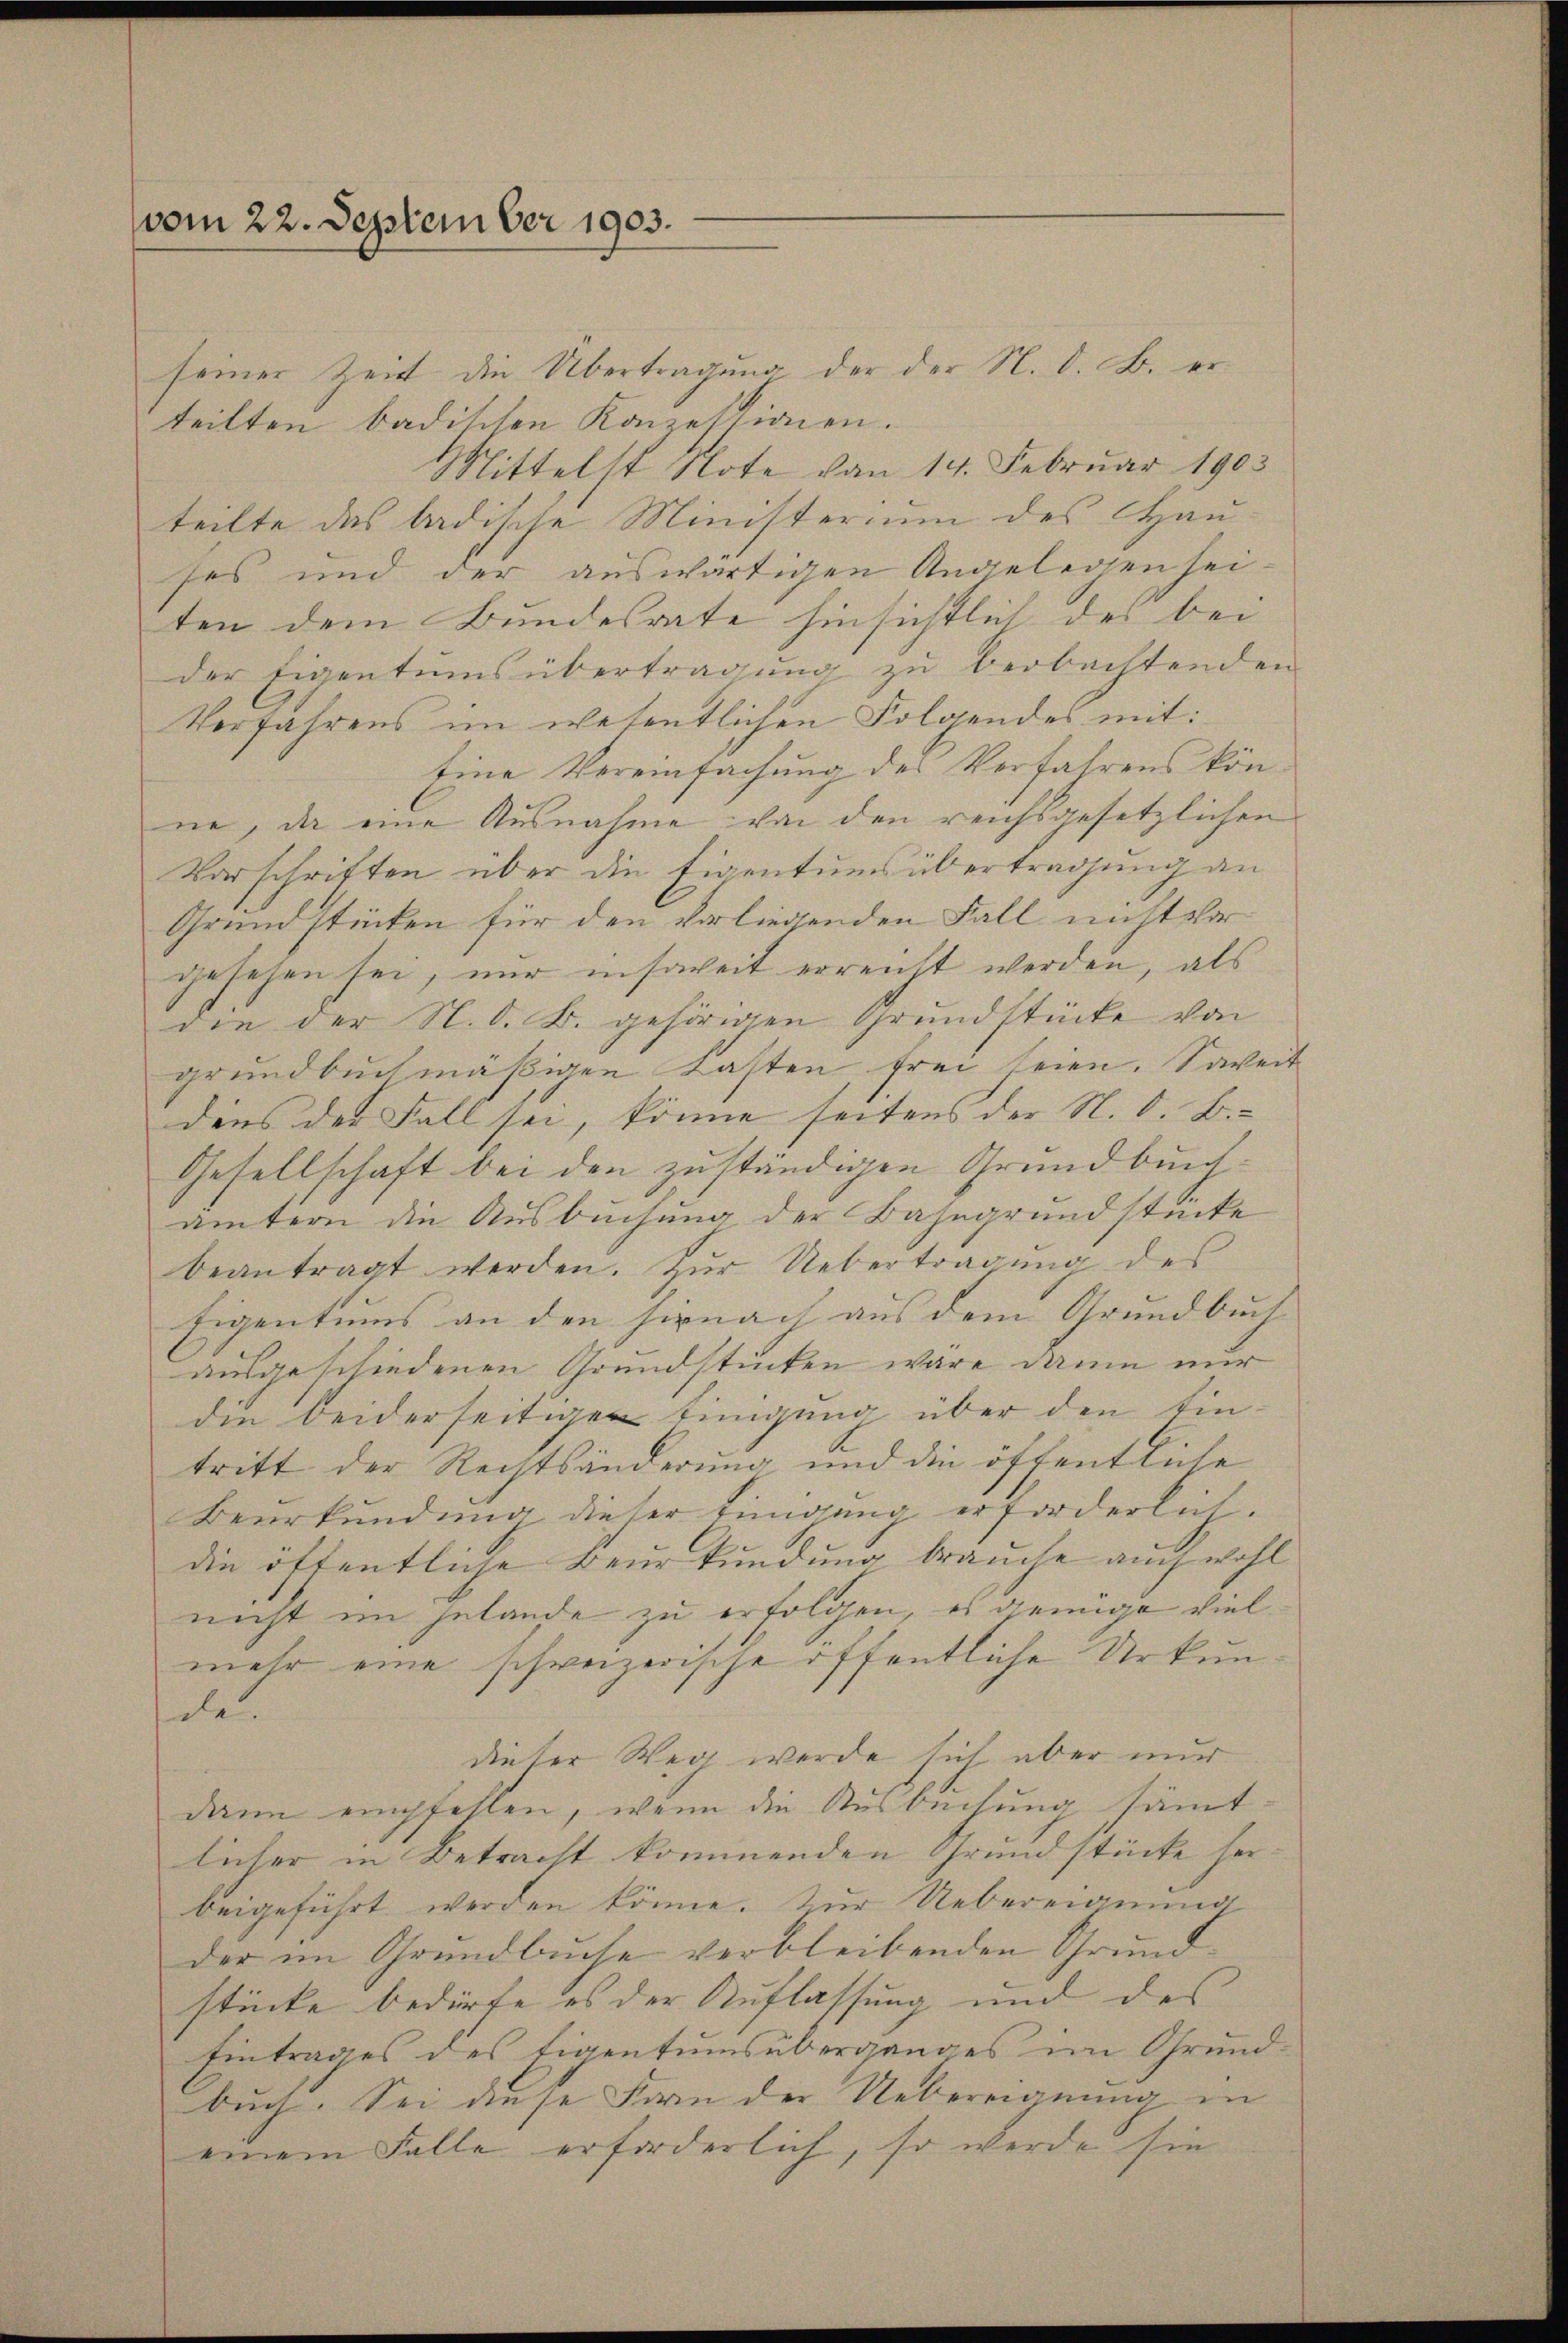
vom 22. September 1903.

seiner Zeit die Übertragung der der N. d. B. erteilten badischen Konzessionen.
Mittelst Note von 14. Februar 1903
teilte das badische Ministerium des Hau
ses und der auswärtigen Angelegen heiten dem Bundesrate hinsichtlich des bei
der Eigentumsübertragung zu beobachtenden
Verfahrens im wesentlichen Folgendes mit:
Eine Vereinfachung des Verfahrens könne, da eine Ausnahme von den reichsgesetzlichen
Vorschriften über die Eigentumsübertragung an
Grundstücken für den vorliegenden Fall nicht vor
gesehen sei, nur insoweit erreicht werden, als
die der N. O. B. gehörigen Grundstücke von
grundbuch mäßigen Fasten, frei seien. Soweit
dens der Fall sei, könne seitens der N. O. B.
Gesellschaft bei den zuständigen Grundbuchämtern die Ausbuchung der Bahngrundstücke
beantragt werden. Zŭr Uebertragŭng des
Eigentums an den hienach aus dem Grundbuch |
ausgeschiedenen Grundstücken wäre dann nur
den beiderseitigen Einigung über den Eintritt der Rechtsänderung und die öffentliche
Beurkundung dieser ringung erforderlich.
die öffentliche Beurkundung brauche auch wohl
nicht im gelande zu erfolgen, es wenige vielmehr eine schweizerische öffentliche Urkunde
dieser Weg werde sich aber nur
dann empfehlen, wenn die Ausbechung sämtlicher in Betracht kommenden Grundstücke herbeigeführt werden könne. Zur Uebereignung
der im Grundbuche verbleibenden Grundstücke bedürfe es der Auflassung und des
Eintrages des Eigentumsüberganges im Grundbuch. Sei diese Form der Uebereignung in
einem Falle erforderlich, so werde sie